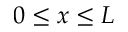
0 \leq x \leq L